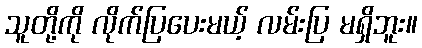
သူတို့ကို လိုက်ပြပေးမယ့် လမ်းပြ မရှိဘူး။